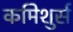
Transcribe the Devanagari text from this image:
कमिशुर्स